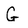
Character: G